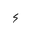
Letter: _hamza